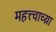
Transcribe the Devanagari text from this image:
महत्त्वाच्य़ा